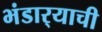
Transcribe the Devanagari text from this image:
भंडार्‍याची